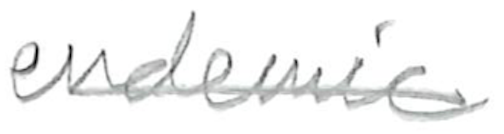
Text: endemic
Cross-out: single-line
Writing tool: pencil